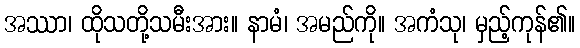
အဿာ၊ ထိုသတို့သမီးအား။ နာမံ၊ အမည်ကို။ အကံသု၊ မှည့်ကုန်၏။